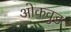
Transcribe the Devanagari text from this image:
ओकवुड